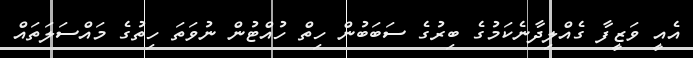
އެއީ ވަޒީފާ ގެއްލިދާނެކަމުގެ ބިރުގެ ސަބަބުން ހިތް ހުއްޓުން ނުވަތަ ހިތުގެ މައްސަލަތައް